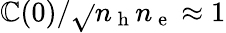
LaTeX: \mathbb{C}(0)/\sqrt{}{{n_{\mathrm{{~h~}}}n_{\mathrm{{~e~}}}}}\approx1